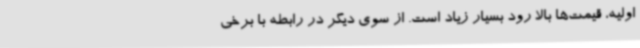
اولیه، قیمت‌ها بالا رود بسیار زیاد است. از سوی دیگر در رابطه با برخی